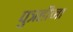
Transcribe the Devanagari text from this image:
पुत्रहीना